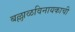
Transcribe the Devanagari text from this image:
बल्लाळविनायकाची